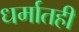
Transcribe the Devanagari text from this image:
धर्मातही